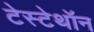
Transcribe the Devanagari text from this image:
टेस्टेथॉन